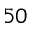
^ { 5 0 }